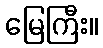
မြေကြီး။